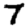
Digit: 7